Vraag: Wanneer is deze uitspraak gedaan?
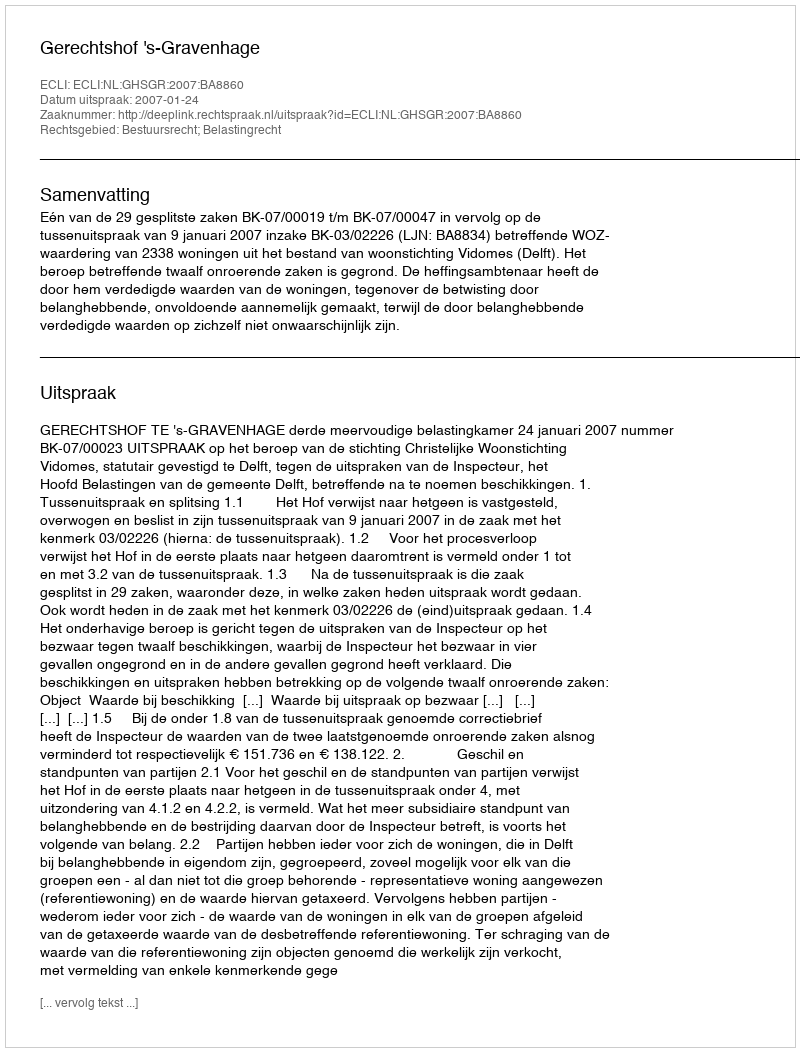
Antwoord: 2007-01-24